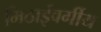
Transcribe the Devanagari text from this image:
मिठाईवर्गीय